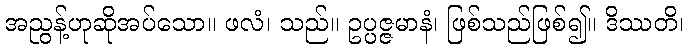
အညွန့်ဟုဆိုအပ်သော။ ဖလံ၊ သည်။ ဥပ္ပဇ္ဇမာနံ၊ ဖြစ်သည်ဖြစ်၍။ ဒိဿတိ၊